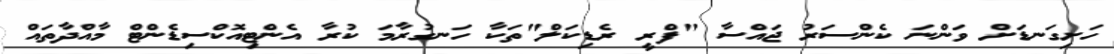
ހަށިގަނޑަށް ވަންނަ ކެންސަރު ޖައްސާ "ފްރީ ރެޑިކަލް"ތަކާ ހަނގުރާމަ ކުރާ އެންޓިއޮކްސިޑެންޓް މާއްދާތައް